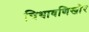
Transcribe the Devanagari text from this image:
चिथावणिखोर